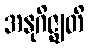
အနုဂိဇ္ဈတိ